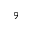
9